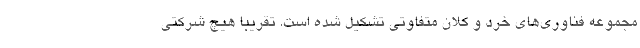
مجموعه فناوری‌های خرد و کلان متفاوتی تشکیل شده است. تقریبا هیچ شرکتی